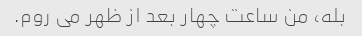
بله، من ساعت چهار بعد از ظهر می روم.